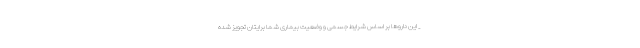
_ این داروها بر اساس شرایط جسمی و وضعیت بیماری شما برایتان تجویز شده